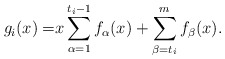
\begin{align*}g_{i}(x) = & x\sum_{\alpha=1}^{t_{i}-1}f_{\alpha}(x)+\sum_{\beta=t_{i}}^{m}f_{\beta}(x).\end{align*}